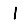
Digit: 1